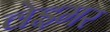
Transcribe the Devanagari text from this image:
वेइमर